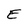
Character: E